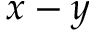
x - y